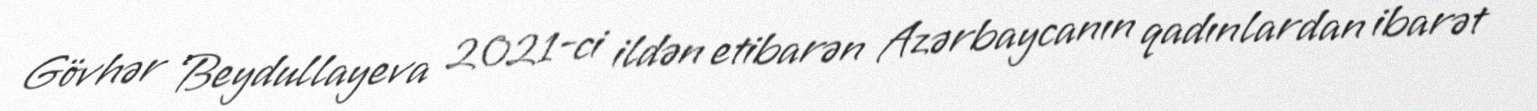
Gövhər Beydullayeva 2021-ci ildən etibarən Azərbaycanın qadınlardan ibarət